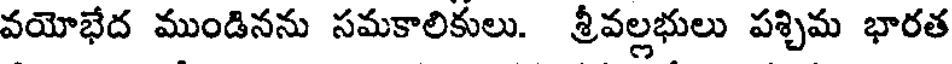
వయోభేద ముండినను సమకాలికులు. శ్రీవల్లభులు పశ్చిమ భారత